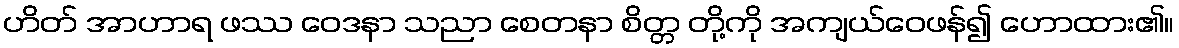
ဟိတ် အာဟာရ ဖဿ ဝေဒနာ သညာ စေတနာ စိတ္တ တို့ကို အကျယ်ဝေဖန်၍ ဟောထား၏။